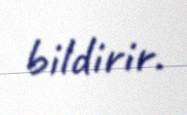
bildirir.